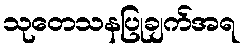
သုတေသနပြုချက်အရ